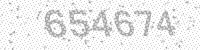
Solution: 654674